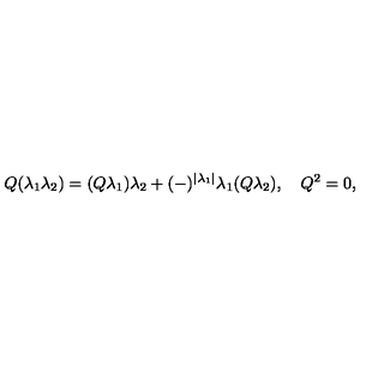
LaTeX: Q ( \lambda _ { 1 } \lambda _ { 2 } ) = ( Q \lambda _ { 1 } ) \lambda _ { 2 } + ( - ) ^ { | \lambda _ { 1 } | } \lambda _ { 1 } ( Q \lambda _ { 2 } ) , \quad Q ^ { 2 } = 0 ,